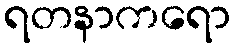
ရတနာကရော